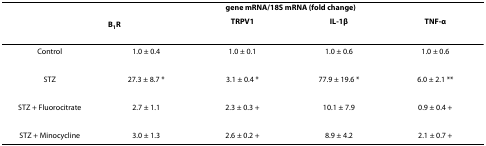
<table><thead><tr><td></td><td colspan="4"><b>gene mRNA/18S mRNA (fold change)</b></td></tr><tr><td></td><td><b>B<sub>1</sub>R</b></td><td><b>TRPV1</b></td><td><b>IL-1β</b></td><td><b>TNF-α</b></td></tr></thead><tbody><tr><td>Control</td><td>1.0 ± 0.4</td><td>1.0 ± 0.1</td><td>1.0 ± 0.6</td><td>1.0 ± 0.6</td></tr><tr><td>STZ</td><td>27.3 ± 8.7 *</td><td>3.1 ± 0.4 *</td><td>77.9 ± 19.6 *</td><td>6.0 ± 2.1 **</td></tr><tr><td>STZ + Fluorocitrate</td><td>2.7 ± 1.1</td><td>2.3 ± 0.3 +</td><td>10.1 ± 7.9</td><td>0.9 ± 0.4 +</td></tr><tr><td>STZ + Minocycline</td><td>3.0 ± 1.3</td><td>2.6 ± 0.2 +</td><td>8.9 ± 4.2</td><td>2.1 ± 0.7 +</td></tr></tbody></table>